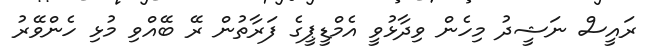
ރައީސް ނަޝީދު މިހެން ވިދާޅުވީ އެމްޑީޕީގެ ފަރާތުން ރޭ ބޭއްވި މުޅި ހެންވޭރު